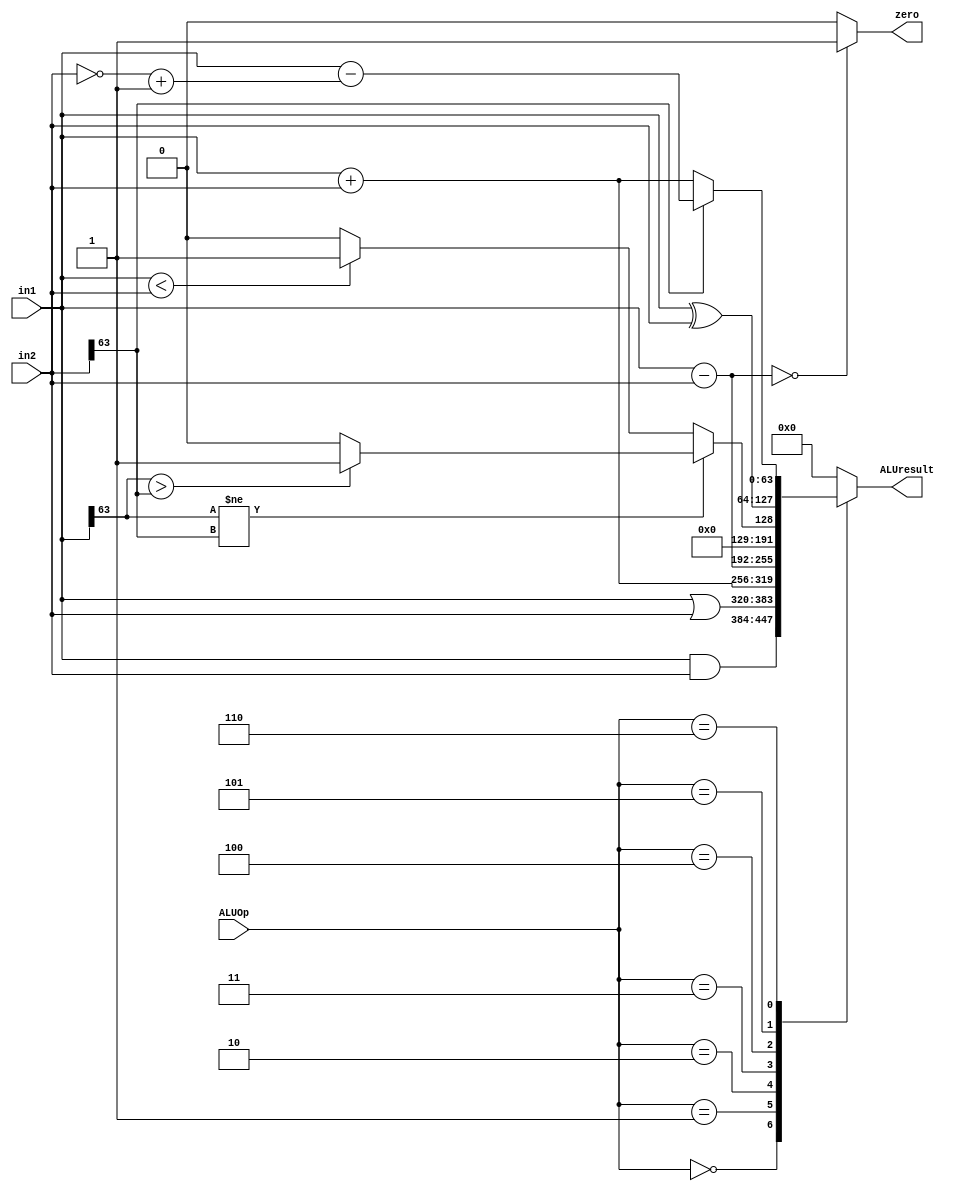
`timescale 1ns / 1ps
//////////////////////////////////////////////////////////////////////////////////
// Company: 
// Engineer: 
// 
// Design Name: 
// Module Name: alu
// Project Name: 
// Target Devices: 
// Tool Versions: 
// Description: 
// 
// Dependencies: 
// 
// Revision:
// Revision 0.01 - File Created
// Additional Comments:
// 
//////////////////////////////////////////////////////////////////////////////////


module alu(ALUOp, in1, in2, zero, ALUresult

    );
    
   input [2:0] ALUOp;
   input [63:0] in1, in2;
   output reg zero;
   output reg [63:0] ALUresult;
   
   
   always@(*)
   begin
   case (ALUOp)
    3'b000: begin//and
    ALUresult<=in1&in2;
    end
    3'b001: begin //OR
    ALUresult<=in1|in2;
    end
    3'b010: begin //add
    ALUresult<=in1+in2;
    end
    3'b011: begin //sub
    ALUresult<=in1-in2;
    end
    3'b100:begin // SLT
				if (in1[63] != in2[63]) begin
					if (in1[63] > in2[63]) begin
						ALUresult <= 1;
					end else begin
						ALUresult <= 0;
					end
				end else begin
					if (in1 < in2)
					begin
						ALUresult <= 1;
					end
					else
					begin
						ALUresult <= 0;
					end
				end
			end
    3'b101: begin //xor
    ALUresult<=in1^in2;
    end
    3'b110: begin //addi
    if (in2[63] ==1'b1) //check if negative imm
    ALUresult<=in1 - (~in2 + 1); //2s complement
    else
    ALUresult<= in1+in2;
    end
    default: begin
        ALUresult<=64'd0;
    end
   endcase
   end
   
   always@(*) begin
    if ((in1-in2)==64'b0)
        zero<=1;
    else 
        zero<=0;   
   end
endmodule